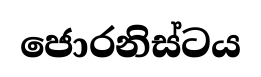
ජොරනිස්ටය